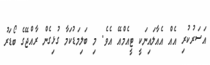
އަސަރުކުރި އެއް އެއާލައިނަކީ ޓީއެމްއޭ އެވެ. މި ބަލިމަޑުކަމާ ގުޅިގެން ރާއްޖޭގެ ބޯޑަރު